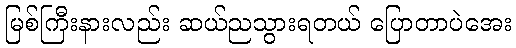
မြစ်ကြီးနားလည်း ဆယ်ညသွားရတယ် ပြောတာပဲအေး